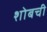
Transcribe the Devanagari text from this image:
शोबची